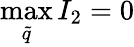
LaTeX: \operatorname*{max}_{\tilde{q}}{I_{2}}=0